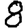
Digit: 8